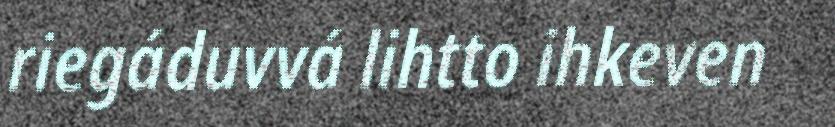
riegáduvvá lihtto ihkeven